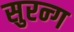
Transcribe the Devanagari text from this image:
सुरन्ग